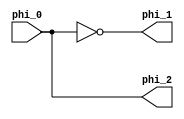
module ag6502_clock(input phi_0, output phi_1, output phi_2);
	wire phi_01;
	not#3(phi_1,phi_0);
	or(phi_01,~phi_0, phi_1);
	not#1(phi_2, phi_01);
endmodule